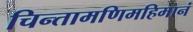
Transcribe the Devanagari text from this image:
चिन्तामणिमहिमानं